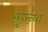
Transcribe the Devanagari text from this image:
सुगन्धा